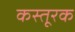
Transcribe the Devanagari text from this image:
कस्तूरक